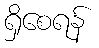
ရှိစေရန်